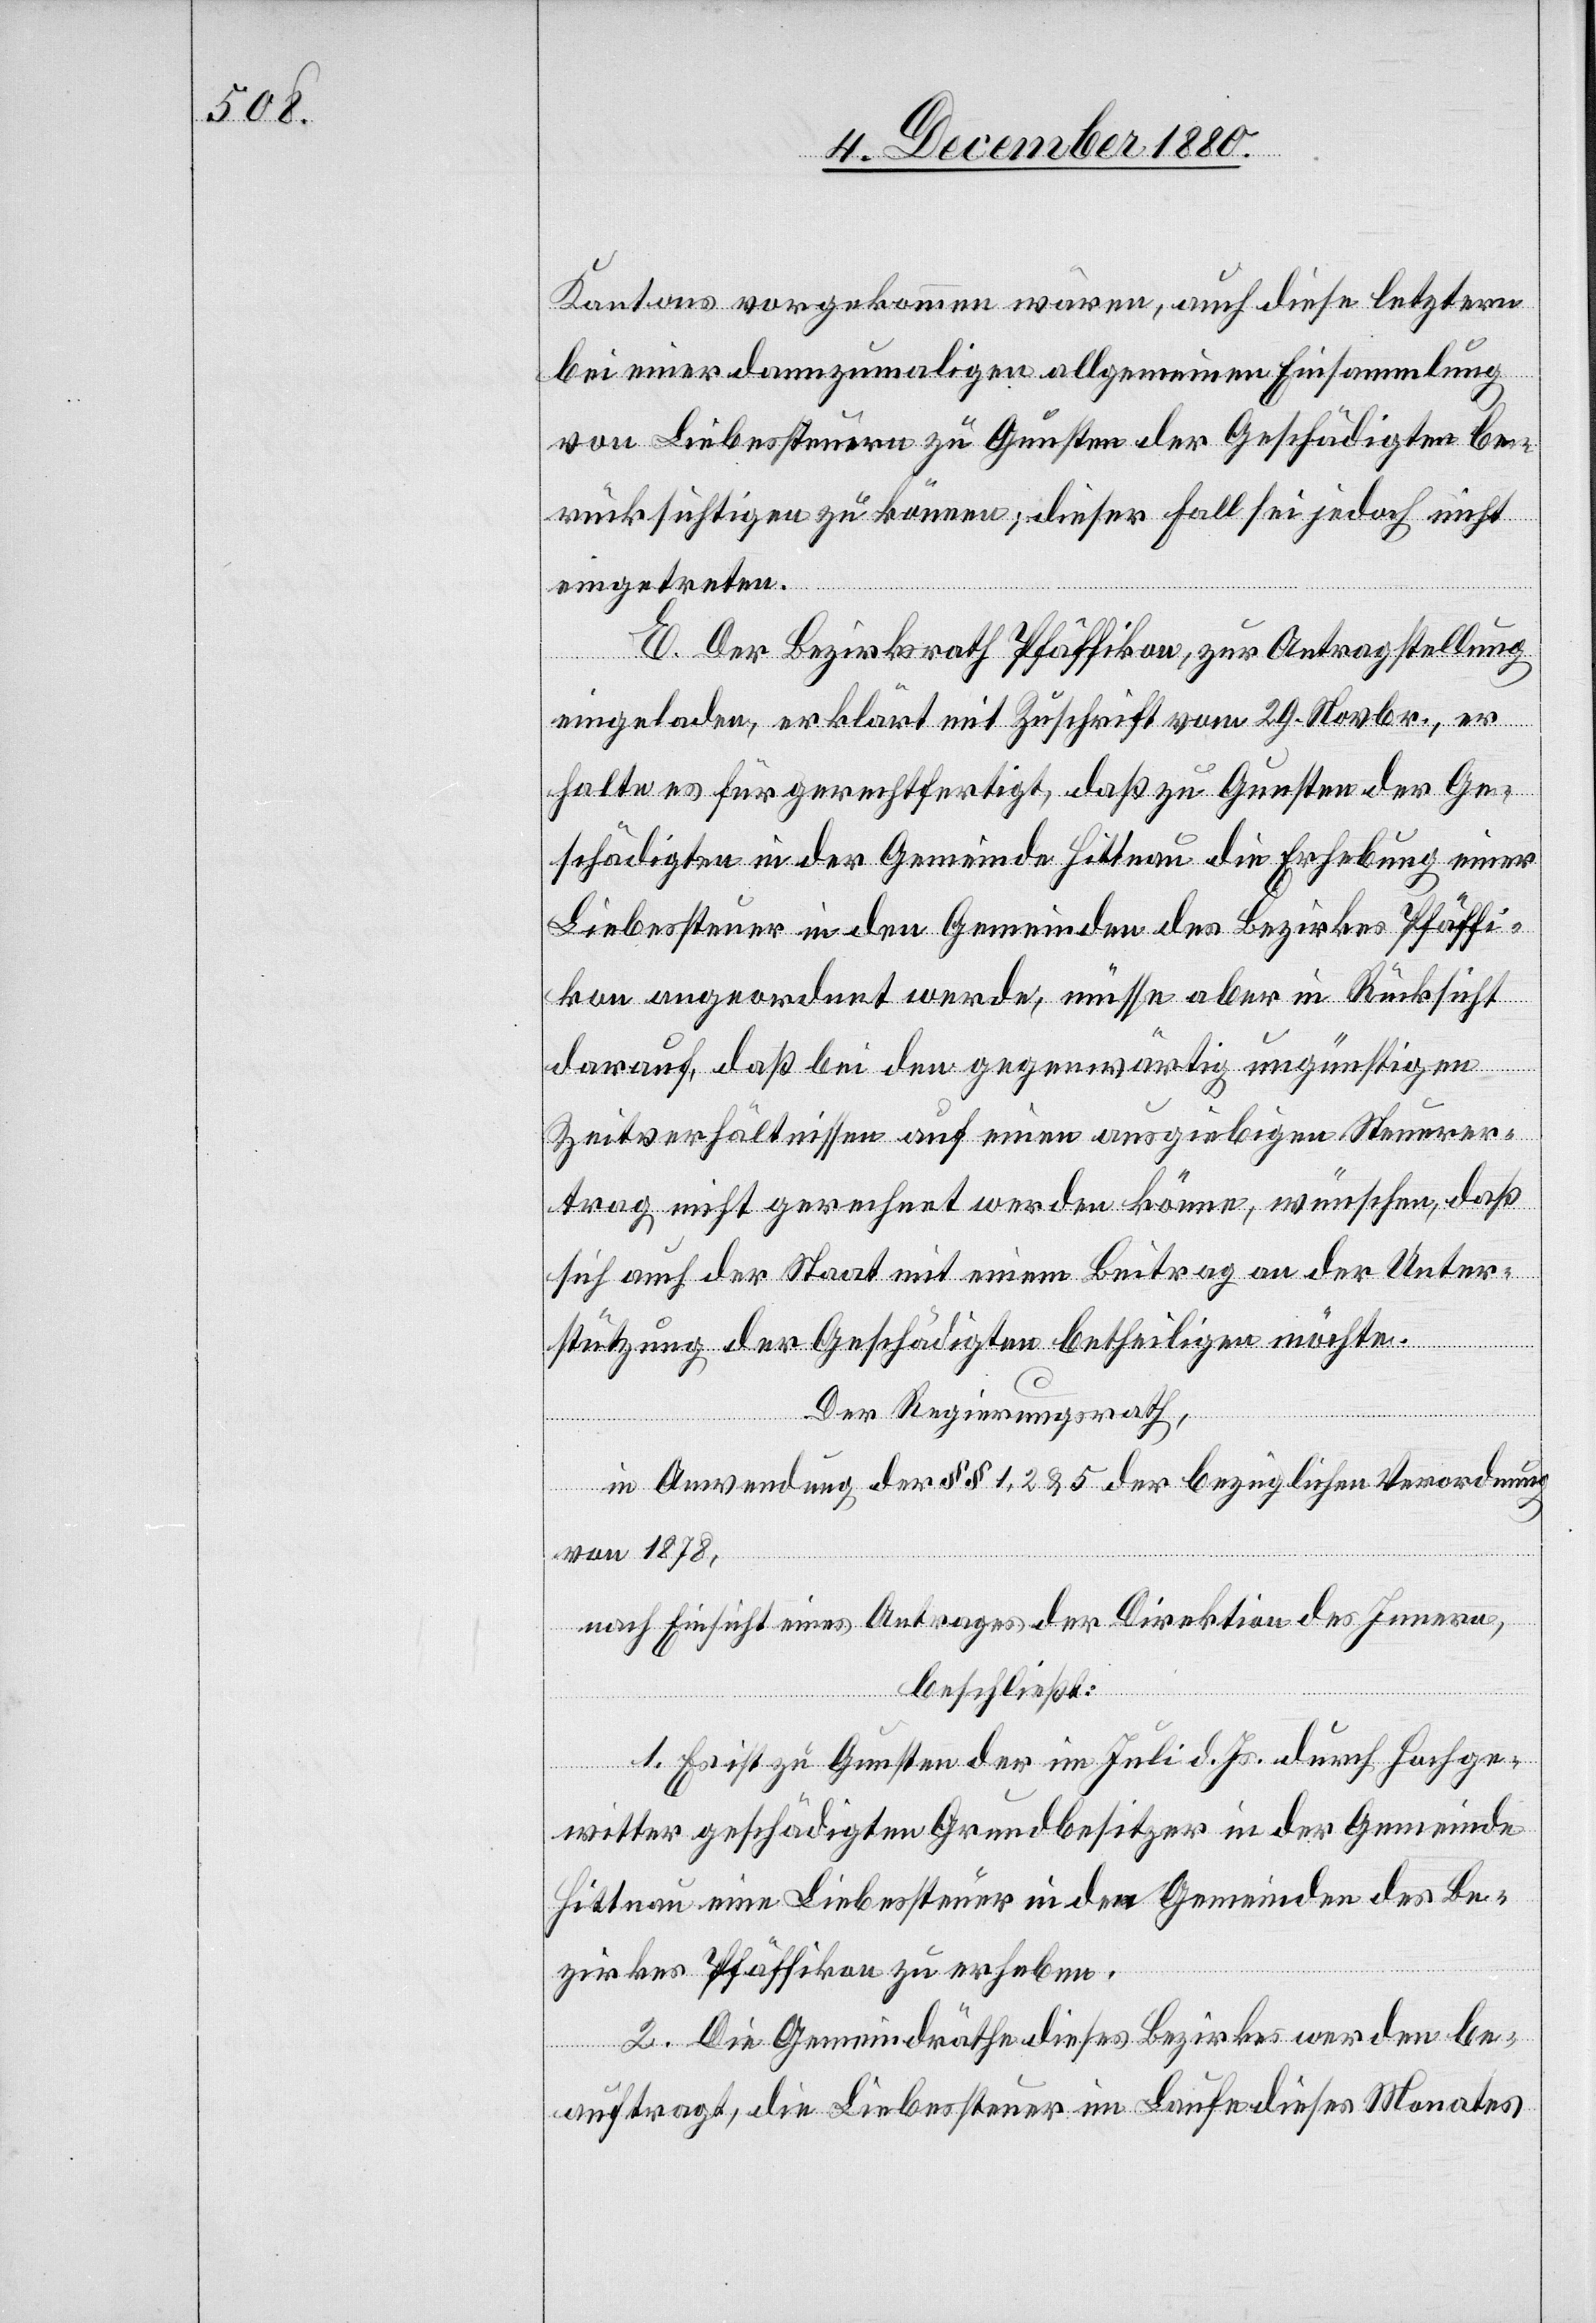
Kantons vorgekommen wären, auch diese letztern
bei einer dannzumaligen allgemeinen Einsammlung
von Liebessteuern zu Gunsten der Geschädigten be¬
rücksichtigen zu können; dieser Fall sei jedoch nicht
eingetreten.
E. Der Bezirksrath Pfäffikon, zur Antragstellung
eingeladen, erklärt mit Zuschrift vom 29. Novbr., er
halte es für gerechtfertigt, daß zu Gunsten der Ge¬
schädigten in der Gemeinde Hittnau die Erhebung einer
Liebessteuer in den Gemeinden des Bezirkes Pfäffi¬
kon angeordnet werde, müsse aber in Rücksicht
darauf, daß bei den gegenwärtig ungünstigen
Zeitverhältnissen auf einen ausgiebigen Steuerer¬
trag nicht gerechnet werden könne, wünschen, daß
sich auch der Staat mit einem Beitrag an der Unter¬
stützung der Geschädigten betheiligen möchte.
Der Regierungsrath,
in Anwendung der §§ 1, 2 & 5 der bezüglichen Verordnung
von 1878,
nach Einsicht eines Antrages der Direktion des Innern,
beschließt:
1. Es ist zu Gunsten der im Juli d. Js. durch Hochge¬
witter geschädigten Grundbesitzer in der Gemeinde
Hittnau eine Liebessteuer in den Gemeinden des Be¬
zirkes Pfäffikon zu erheben.
2. Die Gemeindräthe dieses Bezirkes werden be¬
auftragt, die Liebessteuer im Laufe dieses Monates